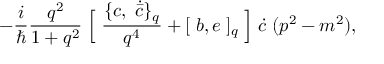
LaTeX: - \frac { i } { \hbar } \frac { q ^ { 2 } } { 1 + q ^ { 2 } } \; \Bigl [ \; \frac { \{ c , \; \dot { \bar { c } } \} _ { q } } { q ^ { 4 } } + [ \; b , e \; ] _ { q } \; \Bigr ] \; \dot { c } \; ( p ^ { 2 } - m ^ { 2 } ) ,